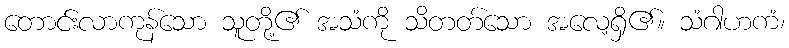
တောင်းလာကုန်သော သူတို့၏ အသံကို သိတတ်သော အလေ့ရှိ၏။ သံဂါဟကံ၊